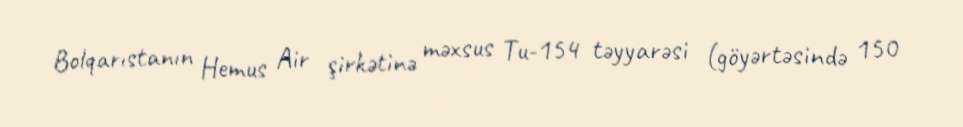
Bolqarıstanın Hemus Air şirkətinə məxsus Tu-154 təyyarəsi (göyərtəsində 150